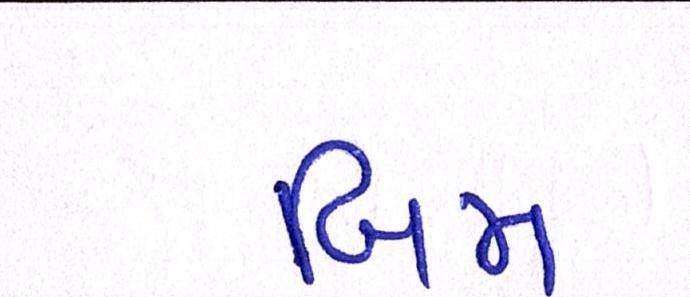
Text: બિમ